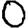
Digit: 0